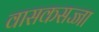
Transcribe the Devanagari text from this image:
वासकसज्जा